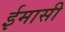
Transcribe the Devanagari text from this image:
ईमासी